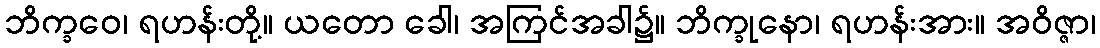
ဘိက္ခဝေ၊ ရဟန်းတို့။ ယတော ခေါ၊ အကြင်အခါ၌။ ဘိက္ခုနော၊ ရဟန်းအား။ အဝိဇ္ဇာ၊